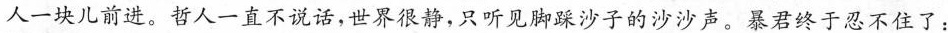
人一块儿前进。哲人一直不说话，世界很静，只听见脚踩沙子的沙沙声。暴君终于忍不住了：